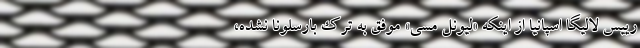
رییس لالیگا اسپانیا از اینکه «لیونل مسی» موفق به ترک بارسلونا نشده،